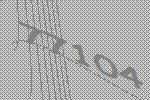
77104